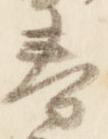
春